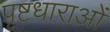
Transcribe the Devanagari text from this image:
पृष्टधाराओं